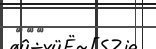
١٤٨